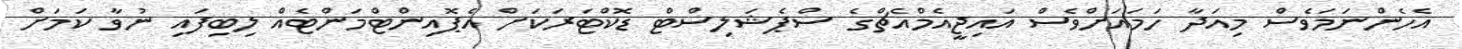
އެހެންނަމަވެސް މިއަދާ ހަމައަށްވެސް އައިޖީއެމްއެޗްގެ ސްޕެޝަލިސްޓް ޑޮކްޓަރަކަަށް އެޕޮއިންޓްމަންޓެއް ލިބިފައި ނުވާ ކަމަށް